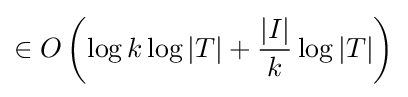
\in O\left(\log k\log |T|+{\frac {|I|}{k}}\log |T|\right)